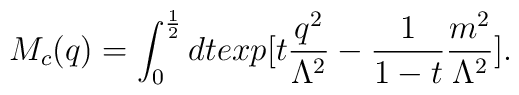
M_c(q)=\int_0^\frac{1}{2}dt exp[t\frac{q^2}{\Lambda^2}-\frac{1}{1-t}\frac{m^2}{\Lambda^2}].